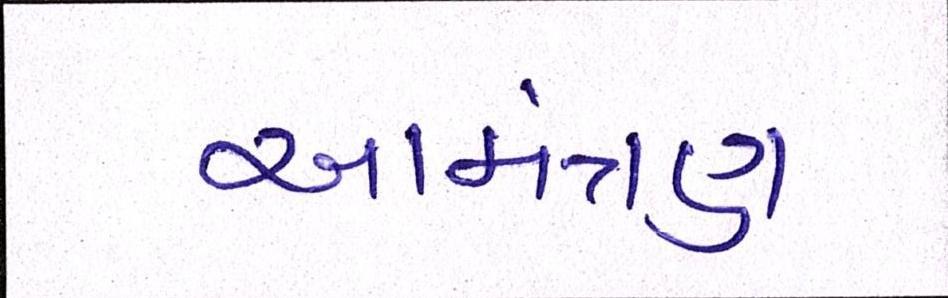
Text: આમંત્રણ